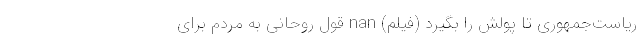
ریاست‌جمهوری تا پولش را بگیرد (فیلم) nan قول روحانی به مردم برای